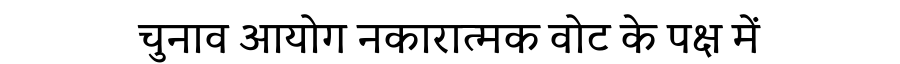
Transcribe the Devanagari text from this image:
चुनाव आयोग नकारात्मक वोट के पक्ष में